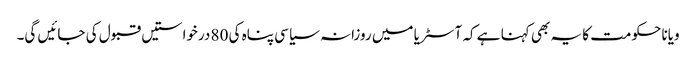
ویانا حکومت کا یہ بھی کہنا ہے کہ آسٹریا میں روزانہ سیاسی پناہ کی 80 درخواستیں قبول کی جائیں گی۔